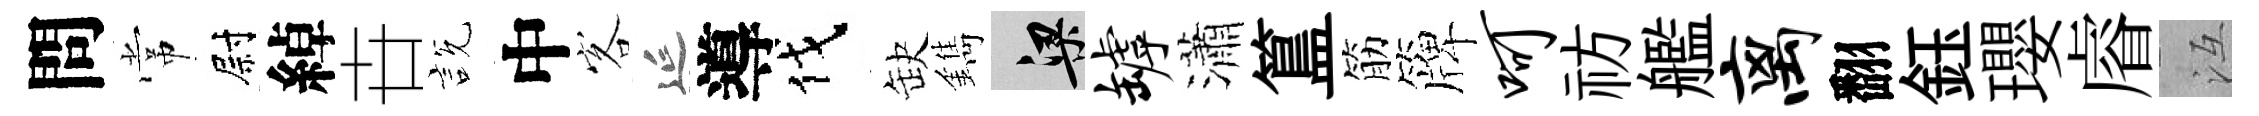
問常尉綽卋説中客延導伐缺鐫梁罅瀟簋筋簰呵祊艦离翻鈺瓔𥈠冱